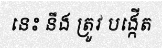
នេះ នឹង ត្រូវ បង្កើត